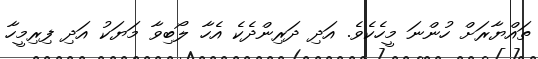
ތައްޔާރަށް ހުންނަ މީހެކެވެ. އަދި ދަރިންދެކެ އެހާ ލޯބިވާ މަޔަކު އަދި ފިރިމީހާ